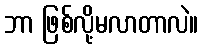
ဘာ ဖြစ်လို့မလာတာလဲ။